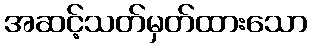
အဆင့်သတ်မှတ်ထားသော